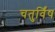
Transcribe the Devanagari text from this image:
चतुर्विंष